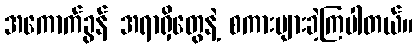
အကောက်ခွန် အရာရှိတွေနဲ့ စကားများခဲ့ကြပါတယ်။